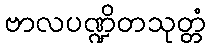
ဗာလပဏ္ဍိတသုတ္တံ